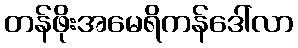
တန်ဖိုးအမေရိကန်ဒေါ်လာ